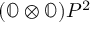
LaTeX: ( \mathbb { O } \otimes \mathbb { O } ) P ^ { 2 }